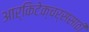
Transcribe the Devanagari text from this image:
आर्किटेक्चर्ससाठी